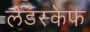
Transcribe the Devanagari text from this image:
लैंडस्केफ